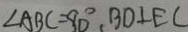
\angle A B C = 8 0 ^ { \circ } , B D \bot E C